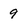
Character: 9